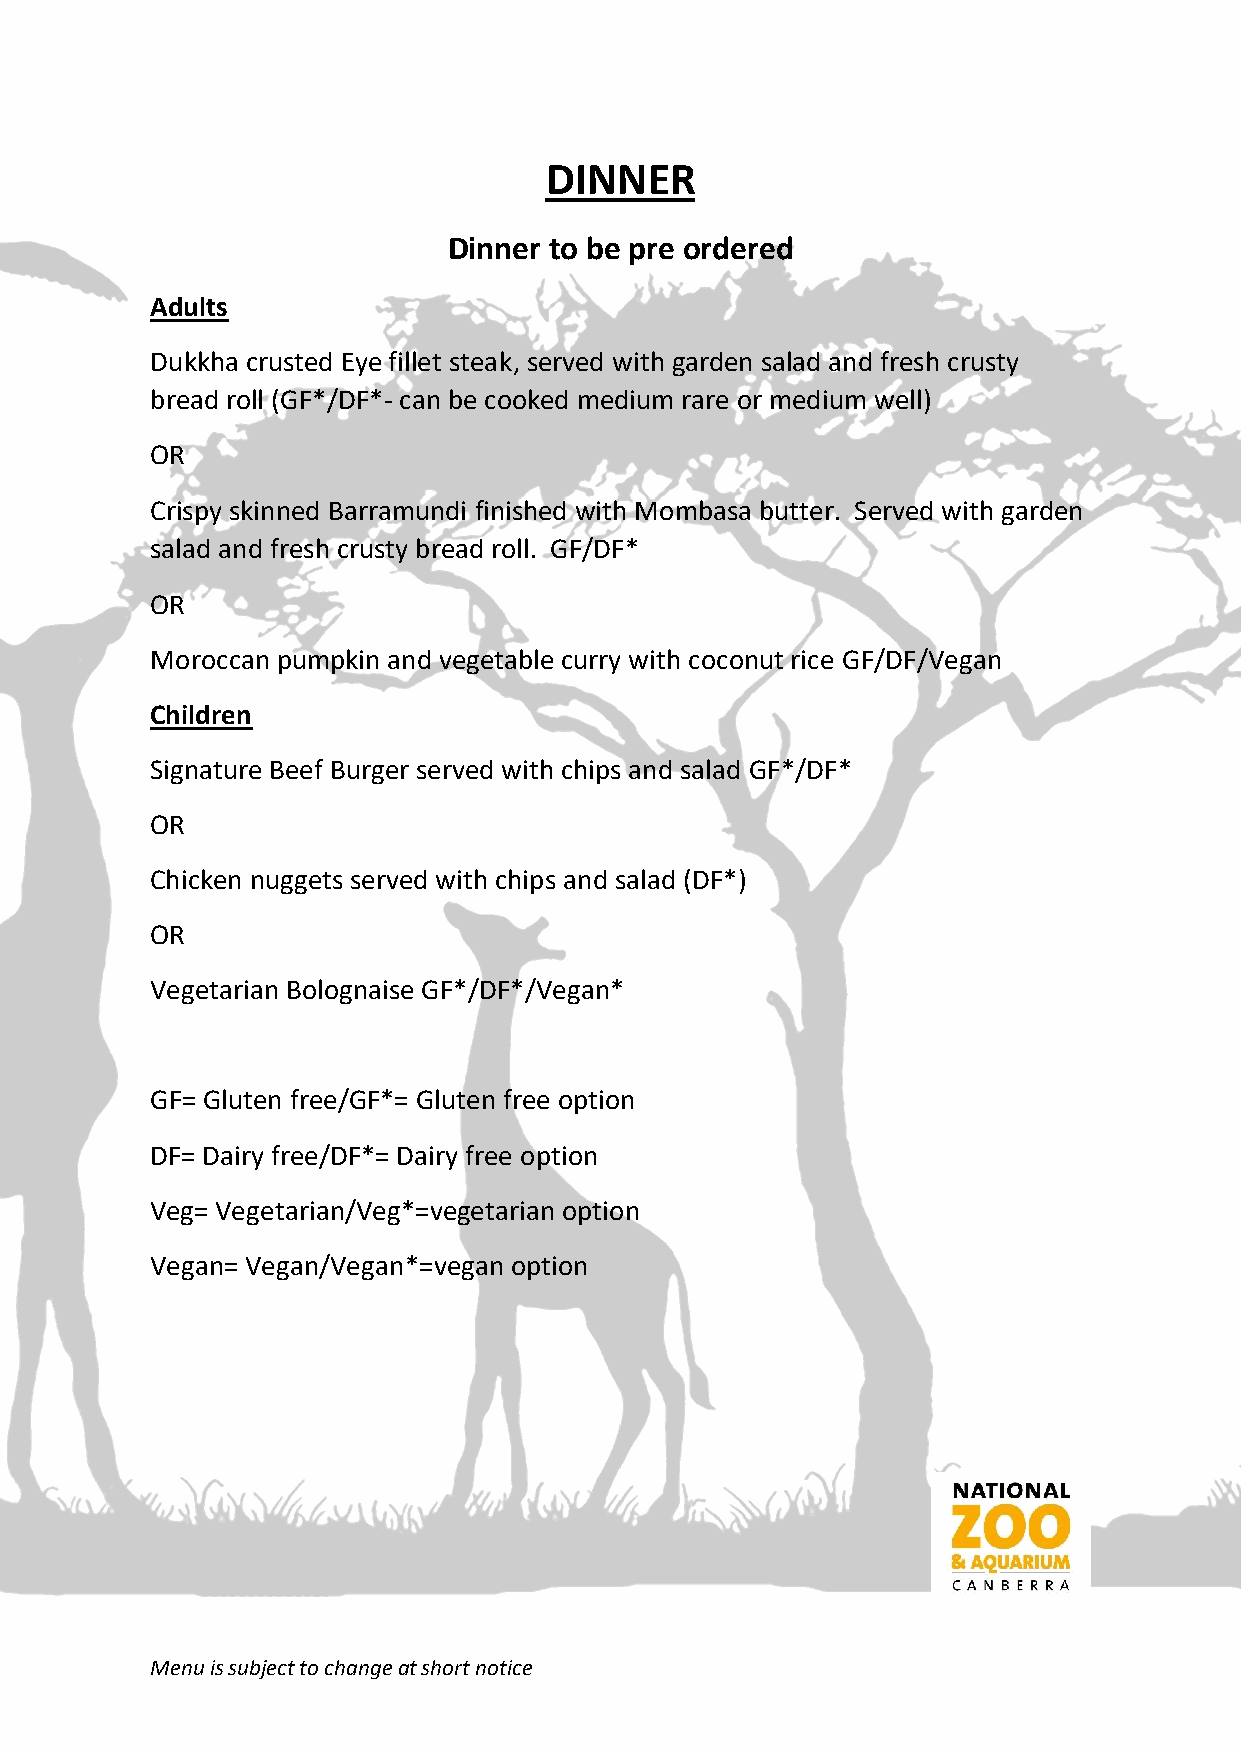
DINNER
 Dinner to be pre ordered
 Adults
 Dukkha crusted Eye fillet steak, served with garden salad and fresh crusty
 bread roll (GF*/DF*- can be cooked medium rare or medium well)
 OR
 Crispy skinned Barramundi finished with Mombasa butter. Served with garden
 salad and fresh crusty bread roll. GF/DF*
 OR
 Moroccan pumpkin and vegetable curry with coconut rice GF/DF/Vegan
 Children
 Signature Beef Burger served with chips and salad GF*/DF*
 OR
 Chicken nuggets served with chips and salad (DF*)
 OR
 Vegetarian Bolognaise GF*/DF*/Vegan*
 GF= Gluten free/GF*= Gluten free option
 DF= Dairy free/DF*= Dairy free option
 Veg= Vegetarian/Veg*=vegetarian option
 Vegan= Vegan/Vegan*=vegan option
 Menu is subject to change at short notice